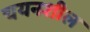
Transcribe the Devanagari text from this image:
चयनशील